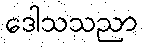
ဒေါသသညာ